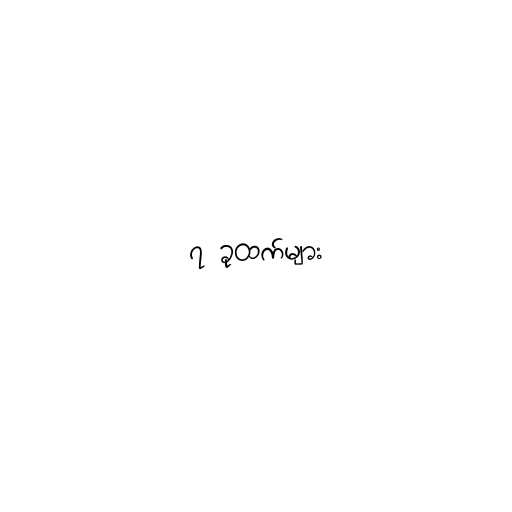
၇ ခုထက်များ